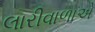
લારીવાળાએ